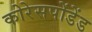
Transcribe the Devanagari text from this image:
कोरेसपोंडेंड